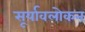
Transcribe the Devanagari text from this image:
सूर्यावलोकन